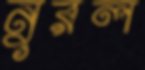
নুরল